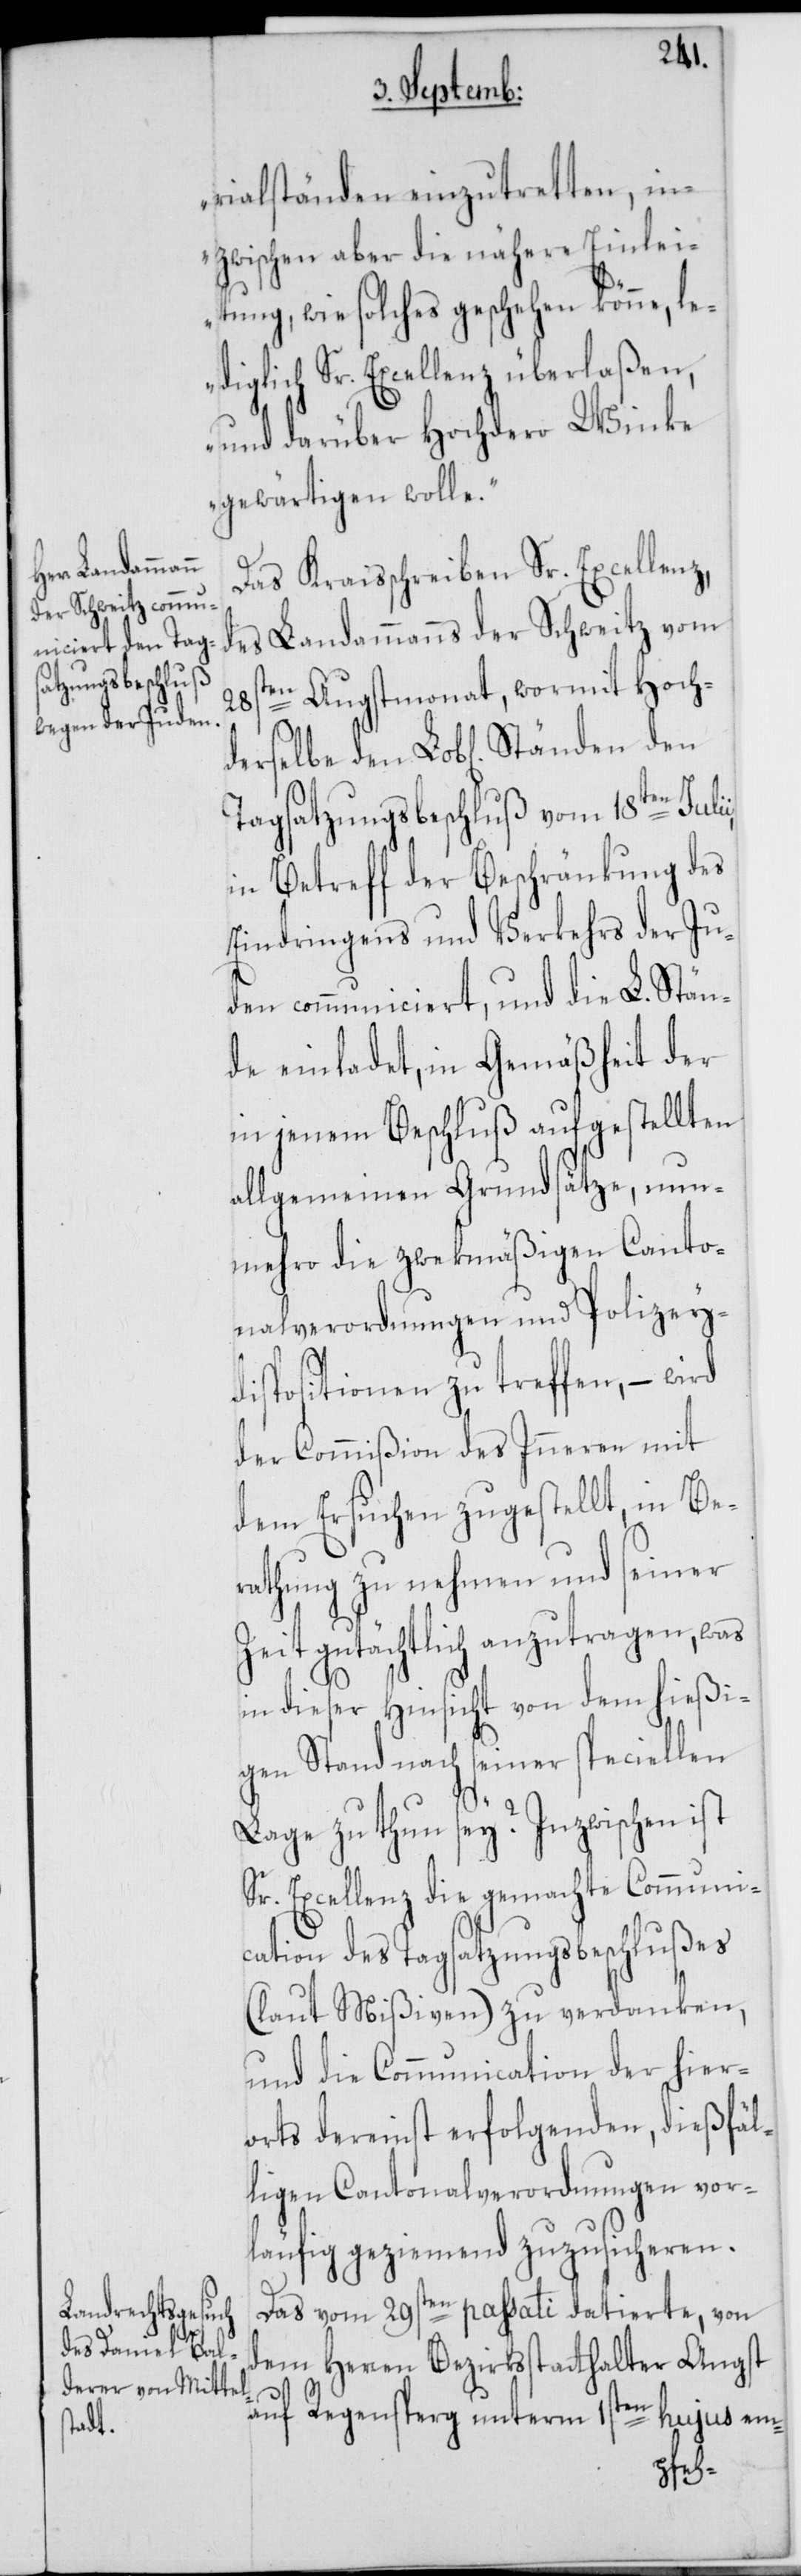
derselbe den

rialständen einzutretten, in¬
zwischen aber die nähere Einlei¬
tung, wie solches geschehen könne, le¬
diglich Sr. Excellenz überlaßen,
und darüber Hochdero Winke
gewärtigen wolle.“
Das Kraisschreiben Sr. Excellenz,
des Landammanns der Schweitz vom
28sten Augstmonat, wormit Hoch¬
Tagsatzungsbeschluß vom 18ten Juli¬
in Betreff der Beschränkung des
Eindringens und Verkehrs der Ju¬
den communiciert, und die L. Stän¬
de einladet, in Gemäßheit der
in jenem Beschluß aufgestellten
allgemeinen Grundsätze, nun¬
mehro die zwekmäßigen Canto¬
nalverordnungen und Polizey¬
dispositionen zu treffen, – wird
der Commißion des Inneren mit
dem Ersuchen zugestellt, in Be¬
rathung zu nehmen und seiner
Zeit gutächtlich anzutragen, was
in dieser Hinsicht von dem hießi¬
gen Stand nach seiner speciellen
i,
Lage zu thun sey? Inzwischen ist
Sr. Excellenz die gemachte Communi¬
cation des Tagsatzungsbeschlußes
(laut Mißiven) zu verdanken,
und die Communication der hier¬
orts dereinst erfolgenden, dießfäl¬
ligen Cantonalverordnungen vor¬
läufig geziemend zuzusicheren.
Das vom 29sten passati datierte, von
dem Herren Bezirksstatthalter Angst
auf Regensperg unterm 1sten hujus em-